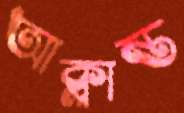
আক্লান্ত